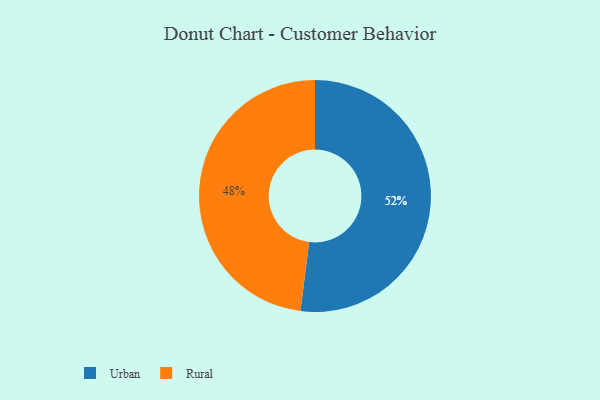
{"axis": {"x": "Category", "y": "Percentage"}, "legend": ["Rural", "Urban"], "data": [{"x": "Rural", "y": 48, "type": "Rural"}, {"x": "Urban", "y": 52, "type": "Urban"}]}